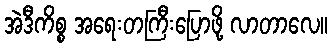
အဲဒီကိစ္စ အရေးတကြီးပြောဖို့ လာတာလေ။